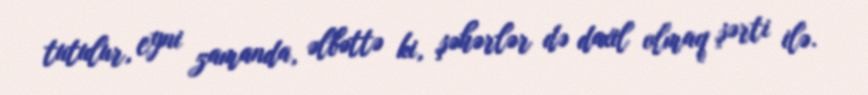
tutulur, eyni zamanda, əlbəttə ki, şəhərlər də daxil olmaq şərti ilə.